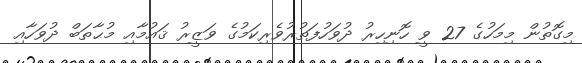
މިގޮތުން މިމަހުގެ 27 ވީ ހޮނިހިރު ދުވަހުފަތުރުވެރިކަމުގެ ވަޒީރު ޤައުމާއި މުޙާތަބް ދުވަހާއި